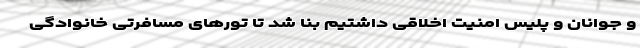
و جوانان و پلیس امنیت اخلاقی داشتیم بنا شد تا تورهای مسافرتی خانوادگی